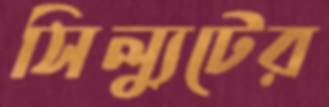
সিল্যুটের